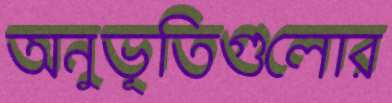
অনুভূতিগুলোর